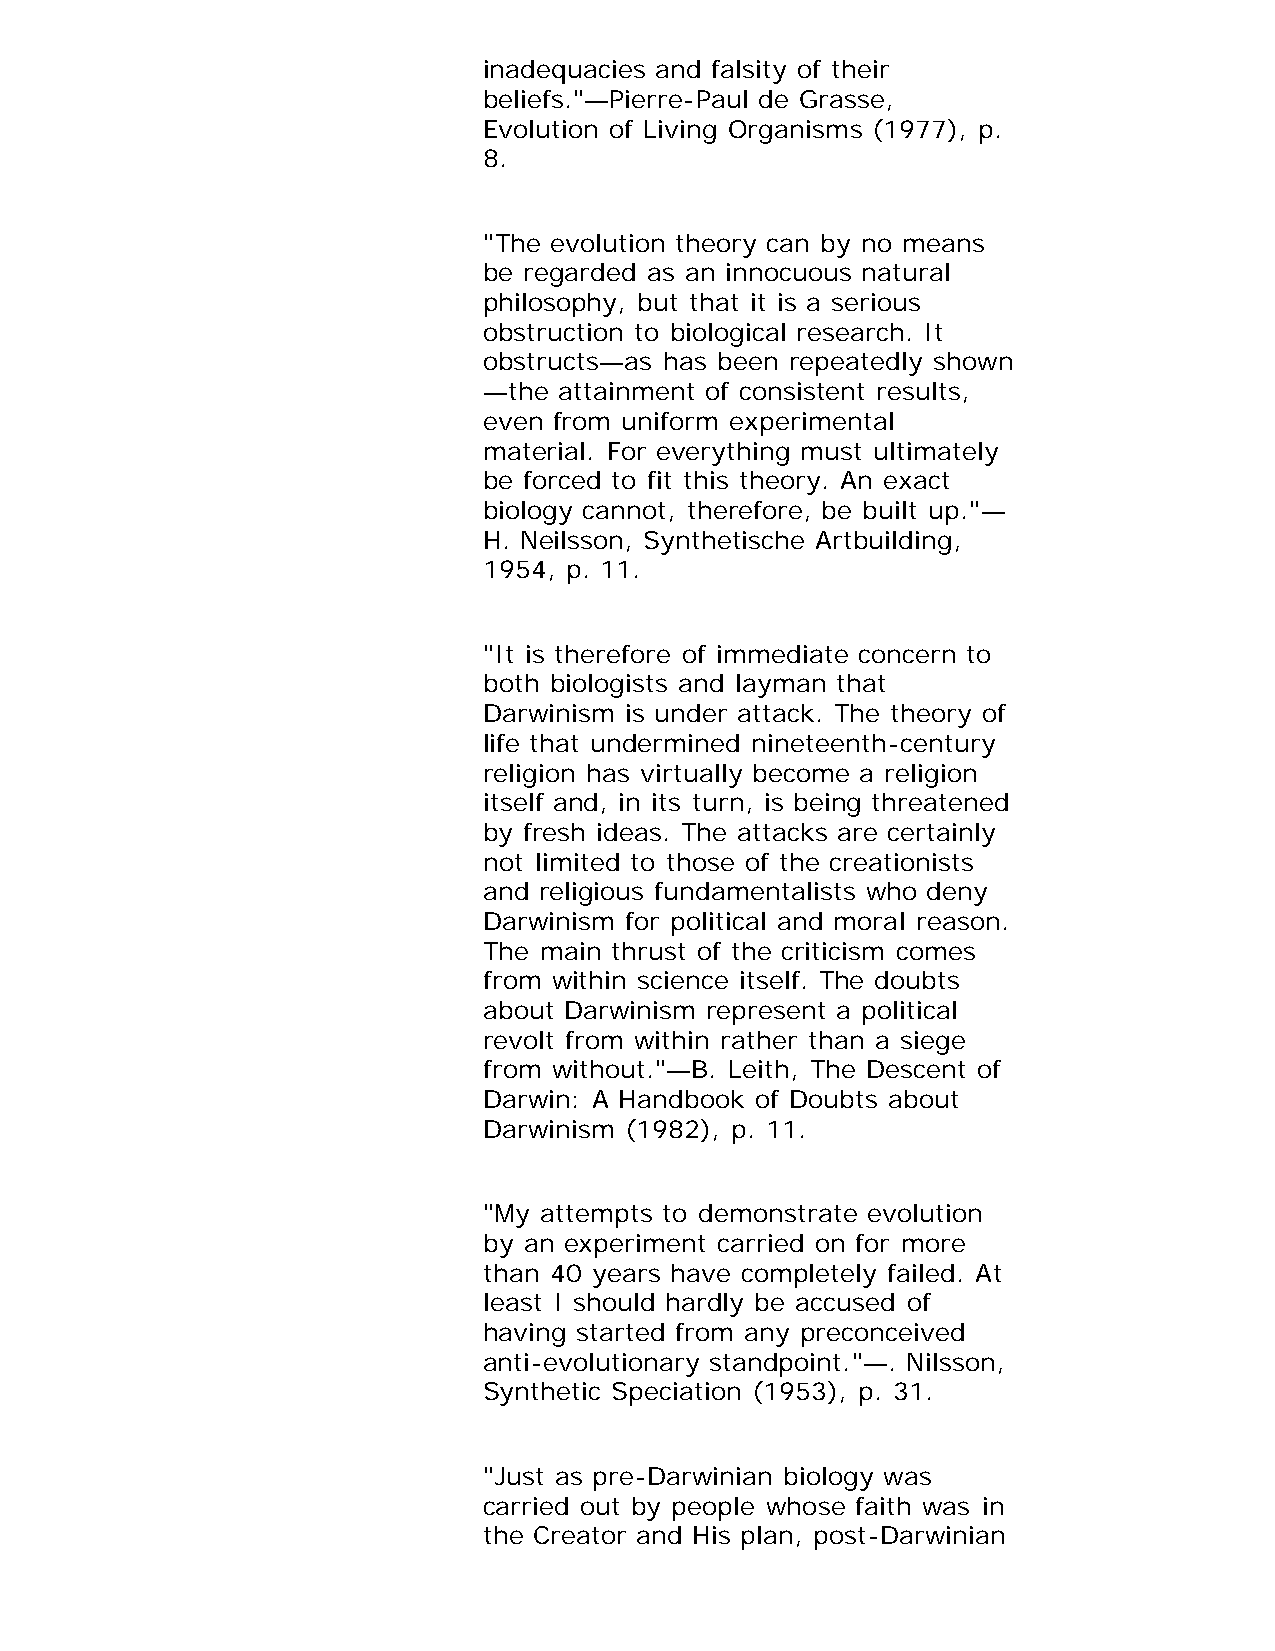
inadequacies and falsity of their
 beliefs."—Pierre-Paul de Grasse,
 Evolution of Living Organisms (1977), p.
 8.
 "The evolution theory can by no means
 be regarded as an innocuous natural
 philosophy, but that it is a serious
 obstruction to biological research. It
 obstructs—as has been repeatedly shown
 —the attainment of consistent results,
 even from uniform experimental
 material. For everything must ultimately
 be forced to fit this theory. An exact
 biology cannot, therefore, be built up."—
 H. Neilsson, Synthetische Artbuilding,
 1954, p. 11.
 "It is therefore of immediate concern to
 both biologists and layman that
 Darwinism is under attack. The theory of
 life that undermined nineteenth-century
 religion has virtually become a religion
 itself and, in its turn, is being threatened
 by fresh ideas. The attacks are certainly
 not limited to those of the creationists
 and religious fundamentalists who deny
 Darwinism for political and moral reason.
 The main thrust of the criticism comes
 from within science itself. The doubts
 about Darwinism represent a political
 revolt from within rather than a siege
 from without."—B. Leith, The Descent of
 Darwin: A Handbook of Doubts about
 Darwinism (1982), p. 11.
 "My attempts to demonstrate evolution
 by an experiment carried on for more
 than 40 years have completely failed. At
 least I should hardly be accused of
 having started from any preconceived
 anti-evolutionary standpoint."—. Nilsson,
 Synthetic Speciation (1953), p. 31.
 "Just as pre-Darwinian biology was
 carried out by people whose faith was in
 the Creator and His plan, post-Darwinian